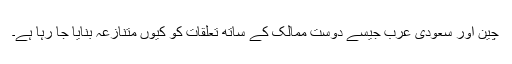
چین اور سعودی عرب جیسے دوست ممالک کے ساتھ تعلقات کو کیوں متنازعہ بنایا جا رہا ہے۔